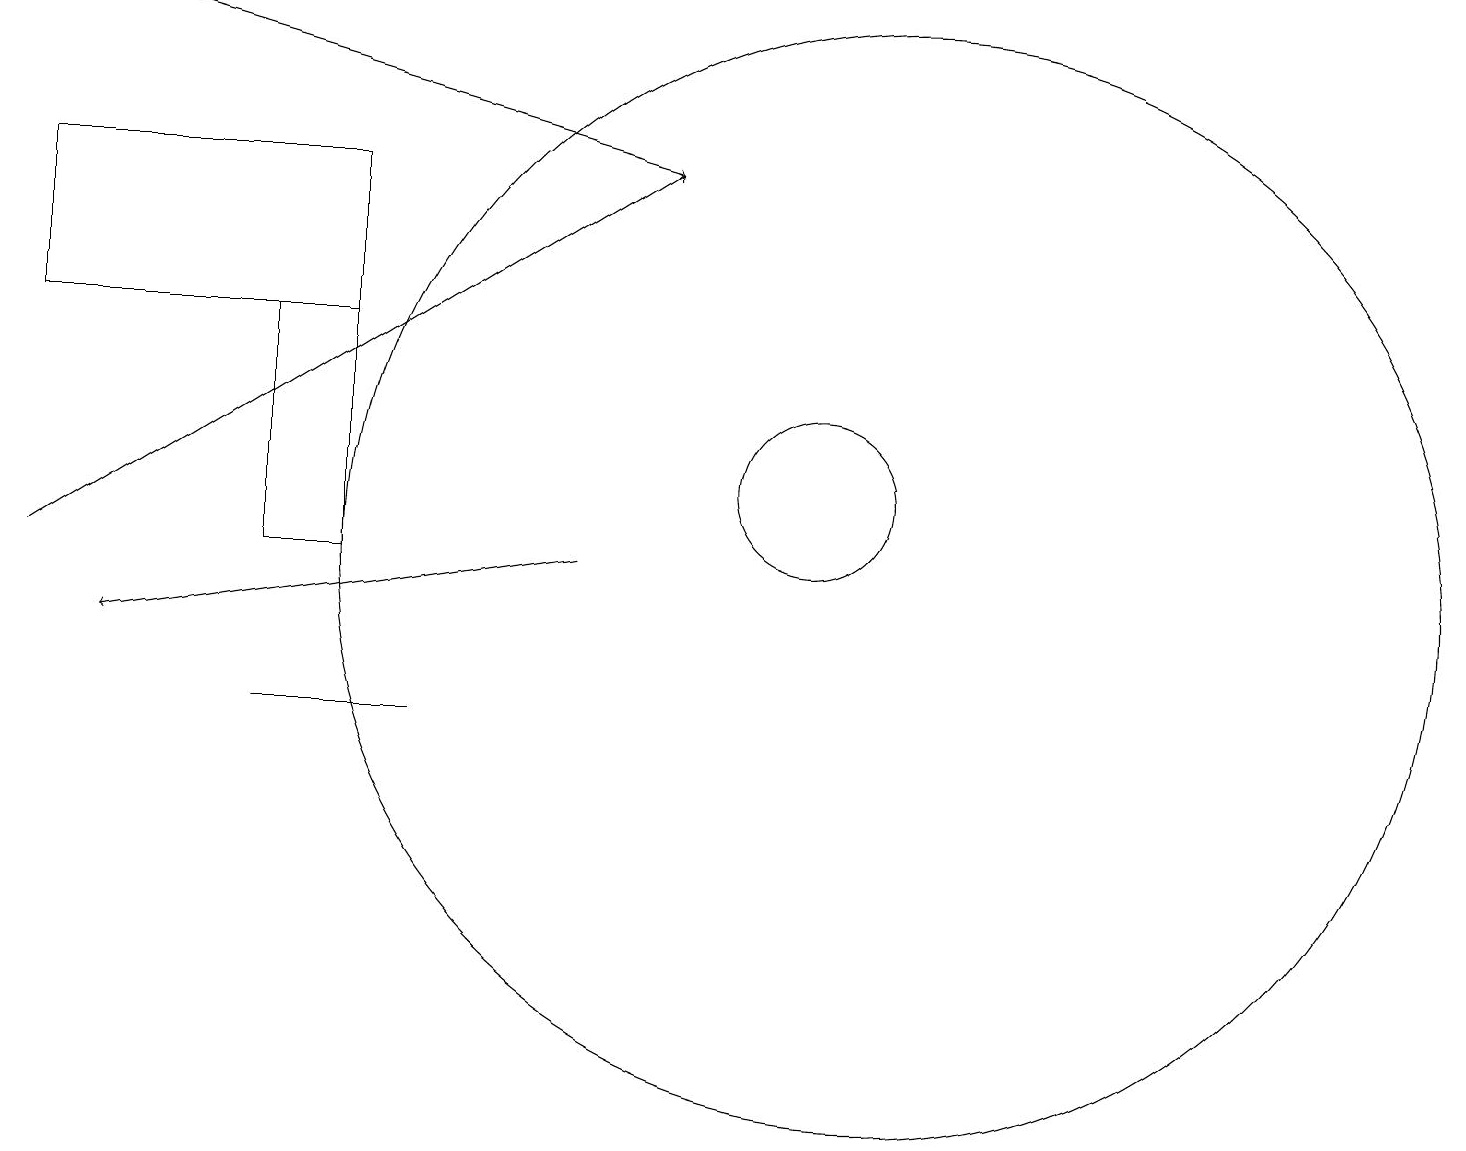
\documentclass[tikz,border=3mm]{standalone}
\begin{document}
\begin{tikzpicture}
\draw (0,14) rectangle (4,16);
\draw[->] (1,18) -- (8,16);
\draw (5,9) -- (3,9) -- (5,9) -- cycle;
\draw (11,11) circle (7);
\draw[->] (0,11) -- (8,16);
\draw (10,12) circle (1);
\draw (3,11) rectangle (4,14);
\draw[->] (7,11) -- (1,10);
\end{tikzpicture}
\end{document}